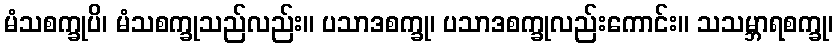
မံသစက္ခုပိ၊ မံသစက္ခုသည်လည်း။ ပသာဒစက္ခု၊ ပသာဒစက္ခုလည်းကောင်း။ သသမ္ဘာရစက္ခု၊